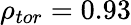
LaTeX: \rho_{tor}=0.93